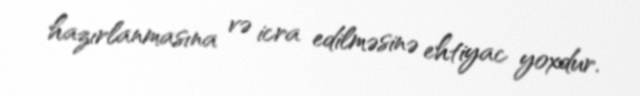
hazırlanmasına və icra edilməsinə ehtiyac yoxdur.